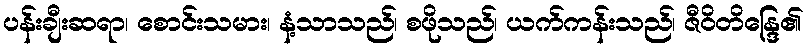
ပန်းချီးဆရာ၊ စောင်းသမား၊ နံ့သာသည်၊ စဖိုသည်၊ ယက်ကန်းသည်၊ ဇီဝိတိန္ဒြေ၏